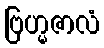
ဗြဟ္မဇာလံ